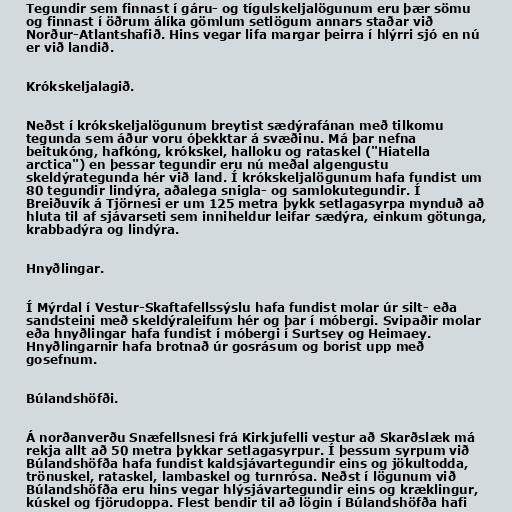
Tegundir sem finnast í gáru- og tígulskeljalögunum eru þær sömu
og finnast í öðrum álíka gömlum setlögum annars staðar við
Norður-Atlantshafið. Hins vegar lifa margar þeirra í hlýrri sjó en nú
er við landið.

Krókskeljalagið.

Neðst í krókskeljalögunum breytist sædýrafánan með tilkomu
tegunda sem áður voru óþekktar á svæðinu. Má þar nefna
beitukóng, hafkóng, krókskel, halloku og rataskel ("Hiatella
arctica") en þessar tegundir eru nú meðal algengustu
skeldýrategunda hér við land. Í krókskeljalögunum hafa fundist um
80 tegundir lindýra, aðalega snigla- og samlokutegundir. Í
Breiðuvík á Tjörnesi er um 125 metra þykk setlagasyrpa mynduð að
hluta til af sjávarseti sem inniheldur leifar sædýra, einkum götunga,
krabbadýra og lindýra.

Hnyðlingar.

Í Mýrdal í Vestur-Skaftafellssýslu hafa fundist molar úr silt- eða
sandsteini með skeldýraleifum hér og þar í móbergi. Svipaðir molar
eða hnyðlingar hafa fundist í móbergi í Surtsey og Heimaey.
Hnyðlingarnir hafa brotnað úr gosrásum og borist upp með
gosefnum.

Búlandshöfði.

Á norðanverðu Snæfellsnesi frá Kirkjufelli vestur að Skarðslæk má
rekja allt að 50 metra þykkar setlagasyrpur. Í þessum syrpum við
Búlandshöfða hafa fundist kaldsjávartegundir eins og jökultodda,
trönuskel, rataskel, lambaskel og turnrósa. Neðst í lögunum við
Búlandshöfða eru hins vegar hlýsjávartegundir eins og kræklingur,
kúskel og fjörudoppa. Flest bendir til að lögin í Búlandshöfða hafi